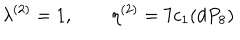
\lambda ^ { ( 2 ) } = 1 , \qquad \eta ^ { ( 2 ) } = 7 c _ { 1 } ( d P _ { 8 } )